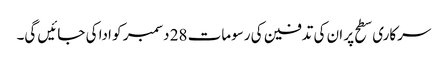
سرکاری سطح پر ان کی تدفین کی رسومات 28 دسمبر کو ادا کی جائیں گی۔